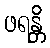
ဖရန္တိ